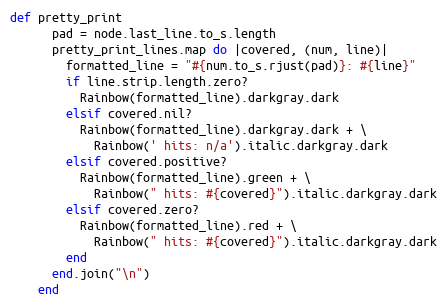
Language: Ruby
def pretty_print
      pad = node.last_line.to_s.length
      pretty_print_lines.map do |covered, (num, line)|
        formatted_line = "#{num.to_s.rjust(pad)}: #{line}"
        if line.strip.length.zero?
          Rainbow(formatted_line).darkgray.dark
        elsif covered.nil?
          Rainbow(formatted_line).darkgray.dark + \
            Rainbow(' hits: n/a').italic.darkgray.dark
        elsif covered.positive?
          Rainbow(formatted_line).green + \
            Rainbow(" hits: #{covered}").italic.darkgray.dark
        elsif covered.zero?
          Rainbow(formatted_line).red + \
            Rainbow(" hits: #{covered}").italic.darkgray.dark
        end
      end.join("\n")
    end